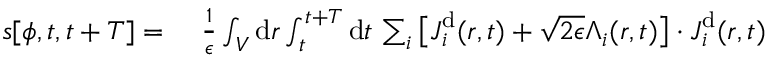
\begin{array} { r l } { s [ { \phi } , t , t + T ] = ~ } & { { } \frac { 1 } { \epsilon } \int _ { V } \mathrm { d } \boldsymbol { r } \int _ { t } ^ { t + T } \mathrm { d } t \, \sum _ { i } \big [ { \boldsymbol { J } } _ { i } ^ { \mathrm { d } } ( \boldsymbol { r } , t ) + \sqrt { 2 \epsilon } { \boldsymbol { \Lambda } } _ { i } ( \boldsymbol { r } , t ) \big ] \cdot { \boldsymbol { J } } _ { i } ^ { \mathrm { d } } ( \boldsymbol { r } , t ) } \end{array}